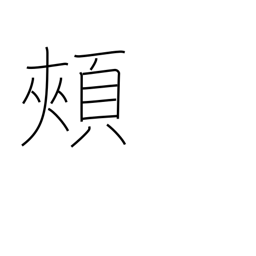
Meaning: jaw